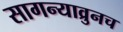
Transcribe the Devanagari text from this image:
सागन्याव्रुनच